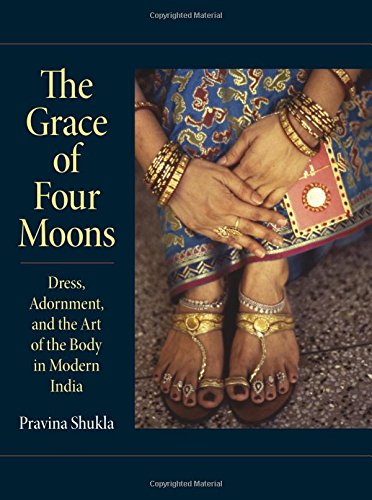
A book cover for The Grace of Four Moons: Dress, Adornment, and the Art of the Body in Modern India (Material Culture); Pravina Shukla; Crafts, Hobbies & Home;